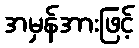
အမှန်အားဖြင့်